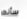
سأنظر